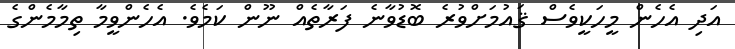
އަދި އެހެން މީހަކީވެސް ޤައުމަށްވުރެ ބޮޑުވާނެ ފަރާތެއް ނޫން ކަމެވެ. އެހެންވީމާ ތިމާމެންގެ